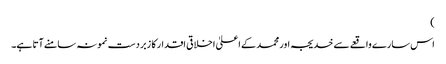
)
اس سارے واقعے سے خدیجہ اور محمد کے اعلیٰ اخلاقی اقدار کا زبردست نمونہ سامنے آتا ہے۔